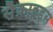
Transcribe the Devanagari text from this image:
सैक्राइड्स